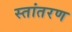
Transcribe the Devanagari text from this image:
स्तांतरण